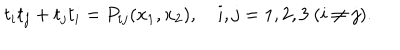
t _ { i } t _ { j } + t _ { j } t _ { i } = P _ { i j } ( x _ { 1 } , x _ { 2 } ) , ~ i , j = 1 , 2 , 3 ~ ( i \neq j ) .